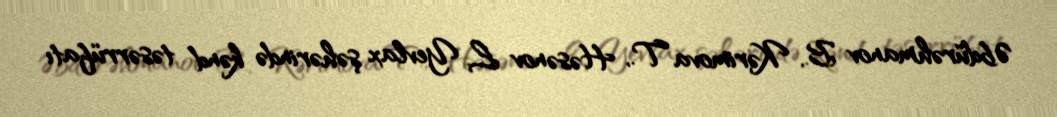
Əbdürəhmanov B., Kərimova T., Həsənov L. Yevlax şəhərində kənd təsərrüfatı